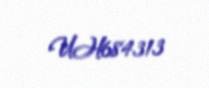
UH684313